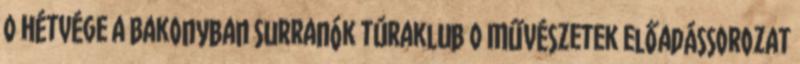
0 Hétvége a Bakonyban Surranók túraklub 0 Művészetek előadássorozat